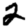
Digit: 2